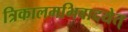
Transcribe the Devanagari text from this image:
त्रिकालमभिवादयेत्